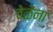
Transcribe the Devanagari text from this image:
वेळेंना